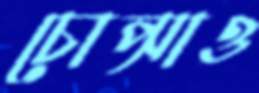
চোপ্‌সাও